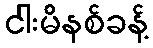
ငါးမိနစ်ခန့်